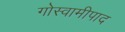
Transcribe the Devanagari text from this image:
गोस्वामीपाद